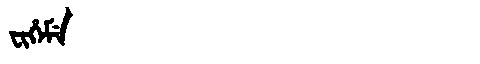
Manchu: ᠸᡳᡥᡝᠮᡝ
Romanization: FIHEME